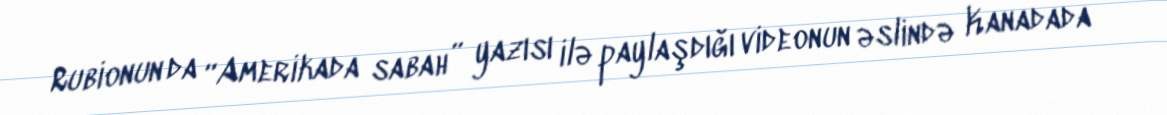
Rubionun da “Amerikada sabah” yazısı ilə paylaşdığı videonun əslində Kanadada